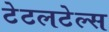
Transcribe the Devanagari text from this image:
टेटलटेल्स